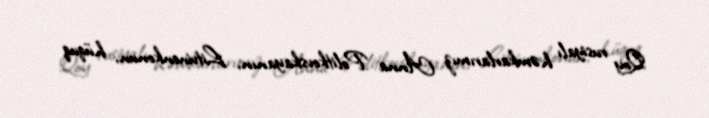
Qoy rusiyalı həmkarlarımız Anna Politkovskayanın, Litvinenkonun, hüquq